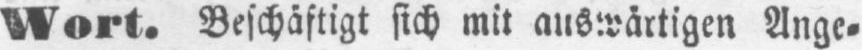
Wort. Beschäftigt sich mit auswärtigen Ange⸗